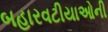
બહારવટીયાઓની